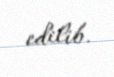
edilib.